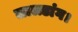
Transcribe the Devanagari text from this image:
लालडांग।